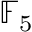
\mathbb { F } _ { 5 }